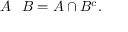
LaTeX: A \setminus B = A \cap B ^ { c } .